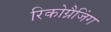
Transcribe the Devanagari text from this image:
रिकोग्नैजिंग